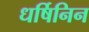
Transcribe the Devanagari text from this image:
धर्षिनिन